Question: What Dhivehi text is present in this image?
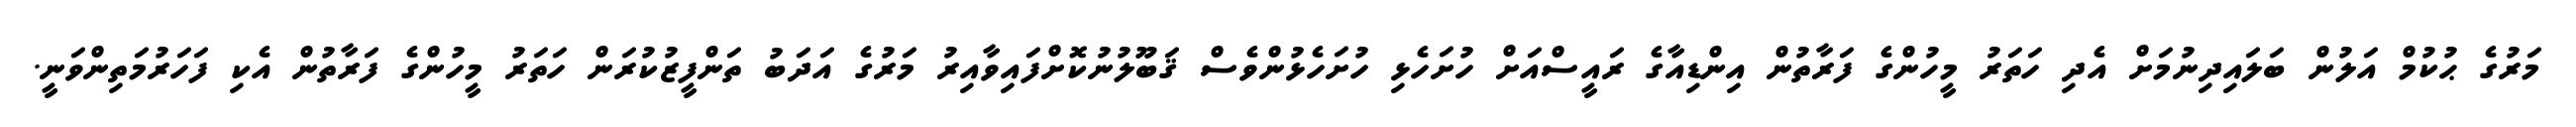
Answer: މަރުގެ ޙުކުމް އަލުން ބަލައިދިނުމަށް އެދި ހަތަރު މީހުންގެ ފަރާތުން އިންޑިއާގެ ރައީސްއަށް ހުށަހެޅި ހުށަހެޅުންވެސް ޤަބޫލުނުކޮށްފައިވާއިރު މަރުގެ އަދަބު ތަންފީޒުކުރަން ހަތަރު މީހުންގެ ފަރާތުން އެކި ފަހަރުމަތިންވަނީ.